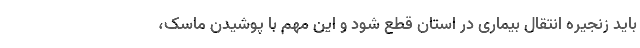
باید زنجیره انتقال بیماری در استان قطع شود و این مهم با پوشیدن ماسک،